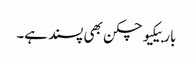
باربیکیو چکن بھی پسند ہے۔